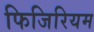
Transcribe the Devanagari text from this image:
फिजिरियम